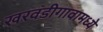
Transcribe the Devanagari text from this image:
खरवंडीगावामध्ये